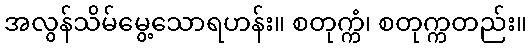
အလွန်သိမ်မွေ့သောရဟန်း။ စတုက္ကံ၊ စတုက္ကတည်း။